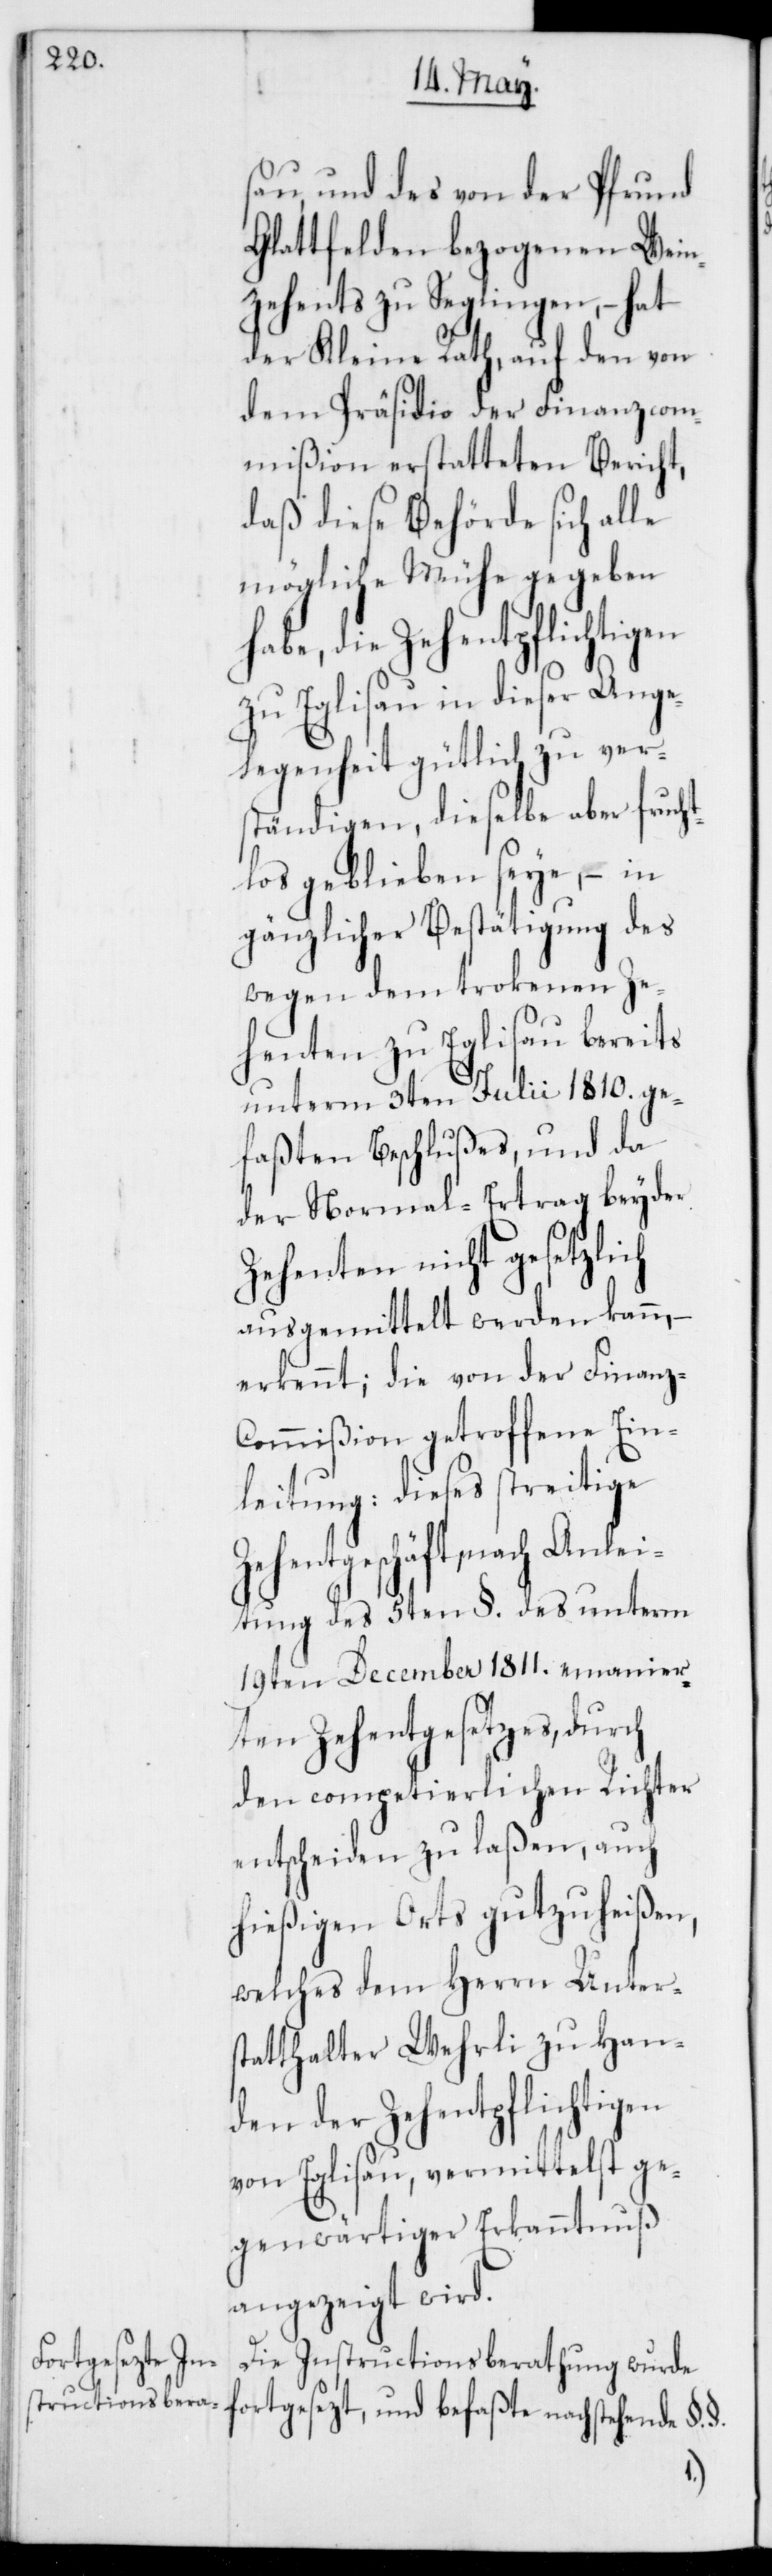
sau, und des von der Pfrund
Glattfelden bezogenen Wein¬
zehents zu Seglingen, – hat
der Kleine Rath, auf den von
dem Präsidio der Finanzcom¬
mißion erstatteten Bericht,
daß diese Behörde sich alle
mögliche Mühe gegeben h¬
abe, die Zehentpflichtigen
zu Eglisau in dieser Ange¬
legenheit gütlich zu ver¬
ständigen, dieselbe aber fruch¬
tlos geblieben seye, – in
gänzlicher Bestätigung des
wegen dem trockenen Ze¬
henten zu Eglisau bereits
unterm 3ten Julii 1810. ge¬
faßten Beschlußes, und da
der Normal-Ertrag beyder
Zehenten nicht gesetzlich
ausgemittelt werden kann, –
erkennt; die von der Finanz-C¬
ommißion getroffene Ein¬
leitung: dieses streitige
fortgesezt, und befaßte
tung des 5ten §. des unterm
19ten December 1811. emanier¬
ten Zehentgesetzes, durch
den competierlichen Richter
entscheiden zu laßen, auch
hießigen Orts gutzuheißen,
welches dem Herrn Unter¬
statthalter Wehrli zu Han¬
den der Zehentpflichtigen
von Eglisau, vermittelst ge¬
genwärtiger Erkanntnuß
angezeigt wird.
nachstehende
Die Instructionsberathung wurde